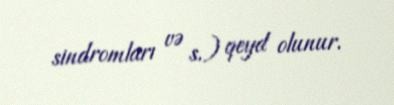
sindromları və s.) qeyd olunur.